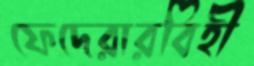
ফেদেরারবিহী